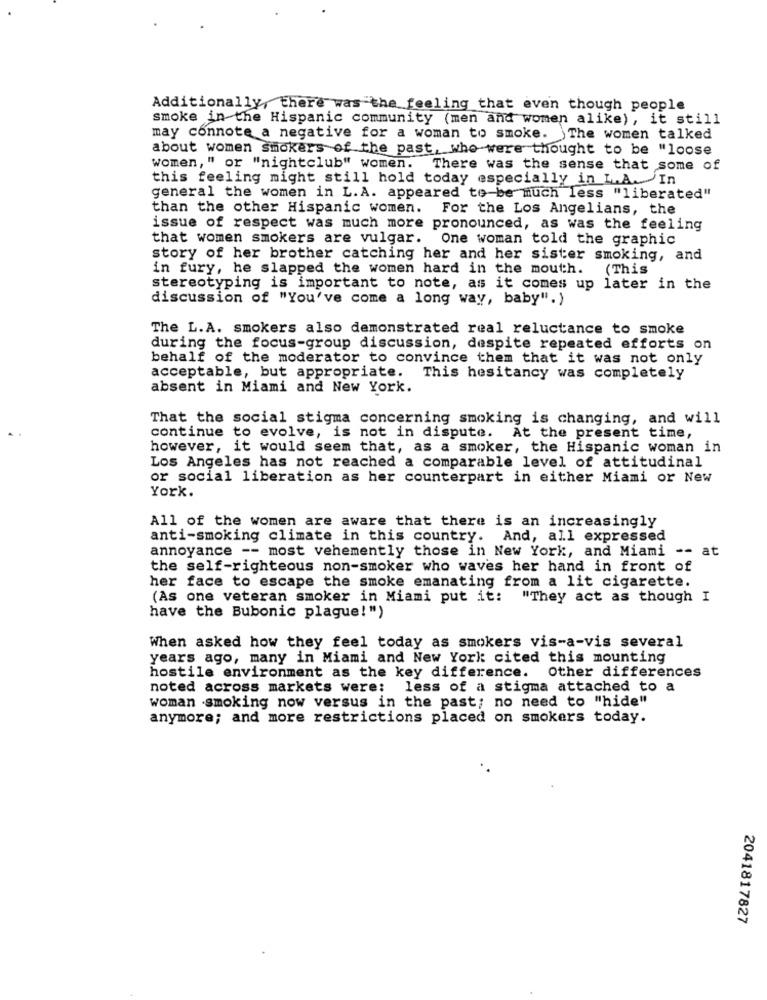
Additionally, there was the feeling that even though people
smoke in the Hispanic community (men and women alike), it still
may connote a negative for a woman to smoke. The women talked
about women smokers of the past, who were thought to be "loose
women, " or "nightclub" women. There was the sense that some of
this feeling might still hold today especially in L.A. In
general the women in L.A. appeared to-be much less "liberated"
than the other Hispanic women. For the Los Angelians, the
issue of respect was much more pronounced, as was the feeling
that women smokers are vulgar.
One woman told the graphic
story of her brother catching her and her sister smoking, and
in fury, he slapped the women hard in the mouth.
(This
stereotyping is important to note, as it comes up later in the
discussion of "You've come a long way, baby".)
The L.A. smokers also demonstrated real reluctance to smoke
during the focus-group discussion, despite repeated efforts on
behalf of the moderator to convince them that it was not only
acceptable, but appropriate. This hesitancy was completely
absent in Miami and New York.
That the social stigma concerning smoking is changing, and will
continue to evolve, is not in dispute. At the present time,
however, it would seem that, as a smoker, the Hispanic woman in
Los Angeles has not reached a comparable level of attitudinal
or social liberation as her counterpart in either Miami or New
York.
All of the women are aware that there is an increasingly
anti-smoking climate in this country. And, all expressed
annoyance -- most vehemently those in New York, and Miami -- at
the self-righteous non-smoker who waves her hand in front of
her face to escape the smoke emanating from a lit cigarette.
(As one veteran smoker in Miami put it: "They act as though I
have the Bubonic plague!")
When asked how they feel today as smokers vis-a-vis several
years ago, many in Miami and New York cited this mounting
hostile environment as the key difference. Other differences
noted across markets were: less of a stigma attached to a
woman smoking now versus in the past; no need to "hide"
anymore; and more restrictions placed on smokers today.
2041817827